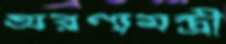
অরণ্যমন্ত্রী